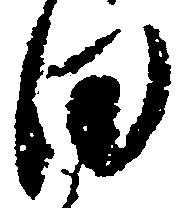
日